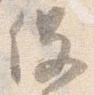
役